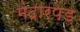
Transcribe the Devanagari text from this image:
मंदारपेड